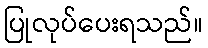
ပြုလုပ်ပေးရသည်။